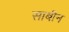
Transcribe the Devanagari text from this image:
साबीन